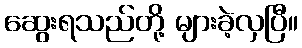
ဆွေးရသည်တို့ များခဲ့လှပြီ။